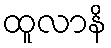
ထူလာနိ